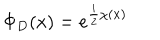
LaTeX: \Phi _ { D } ( x ) = e ^ { { \frac { i } { 2 } } \chi ( x ) }